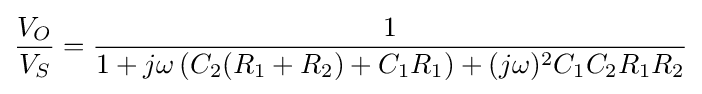
{\frac {V_{O}}{V_{S}}}={\frac {1}{1+j\omega \left(C_{2}(R_{1}+R_{2})+C_{1}R_{1}\right)+(j\omega )^{2}C_{1}C_{2}R_{1}R_{2}}}